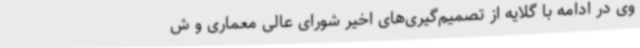
وی در ادامه با گلایه از تصمیم‌گیری‌های اخیر شورای عالی معماری و ش